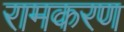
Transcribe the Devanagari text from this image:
रामकरण